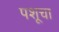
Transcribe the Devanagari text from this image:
पशूचा